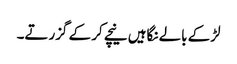
لڑکے بالے نگاہیں نیچے کر کے گزرتے۔